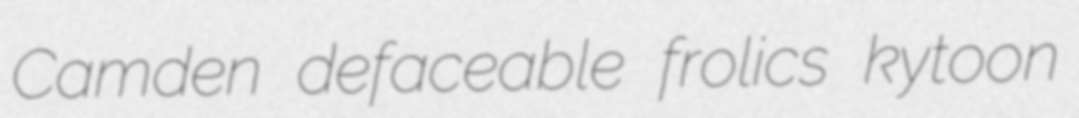
Camden defaceable frolics kytoon